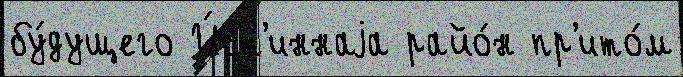
бу́дущего И́ст'иннаjа райо́н пр'ито́м